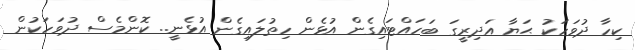
ކިހާ ދުވަހަކު ޙަޔާ އަދިރީގަ ބަހައްޓައިގެން އުޅެން ހިތުލައިގެން އުޅެނީ.. ކޮންމެސް ދުވަހަކުން